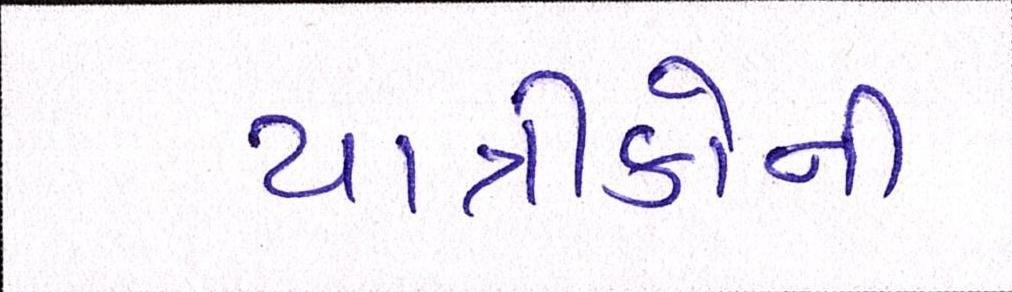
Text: યાત્રીકોની